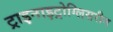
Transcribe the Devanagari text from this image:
ट्राइनाइट्रोग्लिसरीन